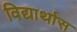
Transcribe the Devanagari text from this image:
विद्यार्थास